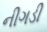
નીગડી